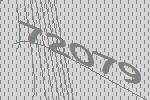
72079